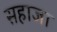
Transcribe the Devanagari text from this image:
सहाजा